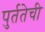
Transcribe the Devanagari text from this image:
पुर्ततेची